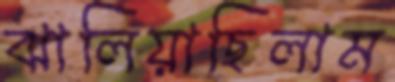
ঝালিয়াছিলাম